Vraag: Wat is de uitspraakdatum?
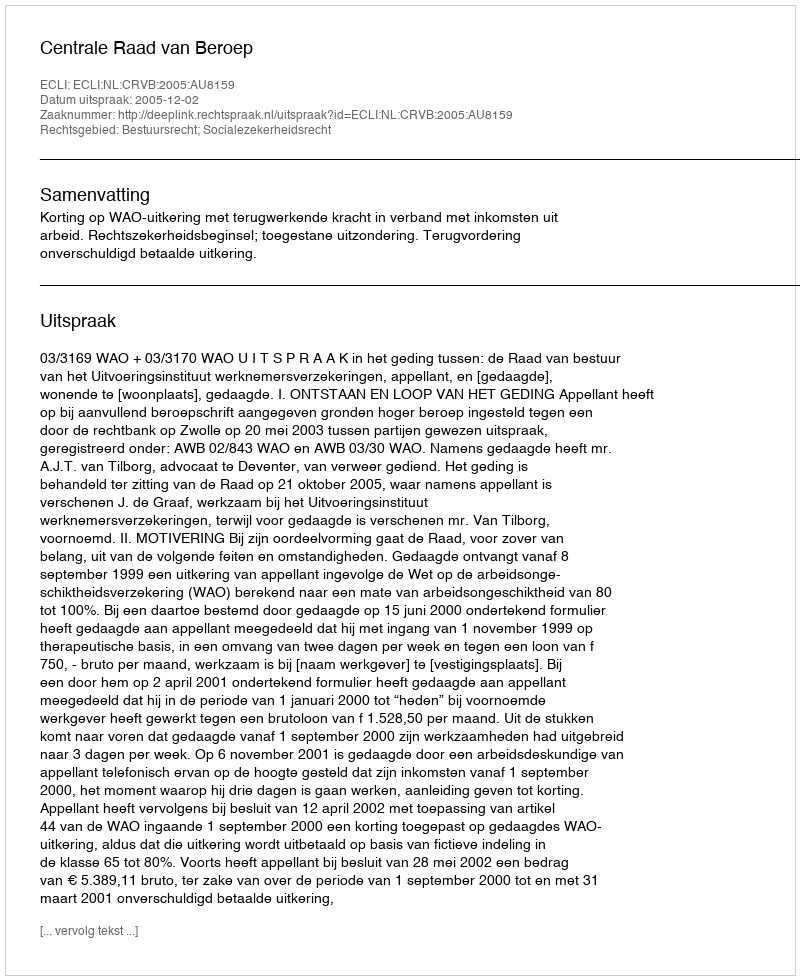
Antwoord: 2005-12-02